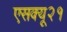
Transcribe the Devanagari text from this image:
एसक्यू२१